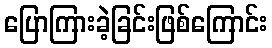
ပြောကြားခဲ့ခြင်းဖြစ်ကြောင်း